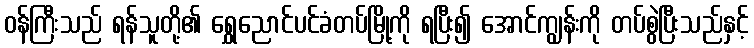
ဝန်ကြီးသည် ရန်သူတို့၏ ရွှေညောင်ပင်ခံတပ်မြို့ကို ရပြီး၍ အောင်ကျွန်းကို တပ်စွဲပြီးသည်နှင့်